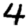
Digit: 4